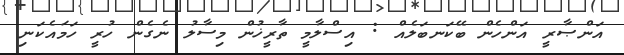
އަންޞާރީ އަންހެން ބޭކަނބަލެއް : އިސްލާމީ ތާރީޚުން މިސާލު ނެގެން ހުރީ ހަމައެކަނި